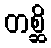
တစ္ဆိ